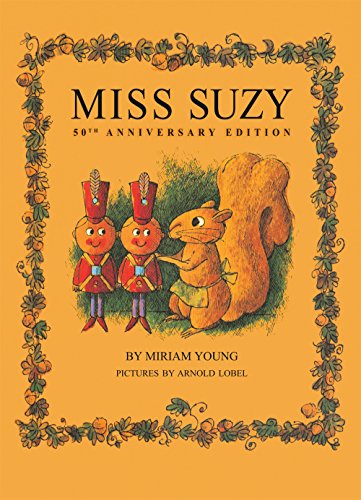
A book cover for Miss Suzy; Miriam Young; Children's Books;